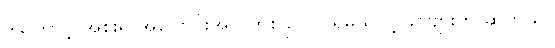
ဒါကြောင့် အစိုးရ အပြောင်းအလဲတစ်ခု လုပ်ရမယ်လို့ ခင်ဗျားက ဆိုတယ်။